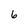
Character: 6